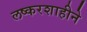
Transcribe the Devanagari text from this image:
लष्करशाहीने